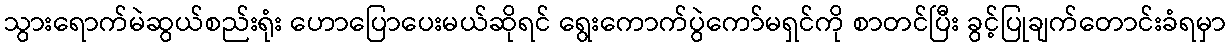
သွားရောက်မဲဆွယ်စည်းရုံး ဟောပြောပေးမယ်ဆိုရင် ရွေးကောက်ပွဲကော်မရှင်ကို စာတင်ပြီး ခွင့်ပြုချက်တောင်းခံရမှာ